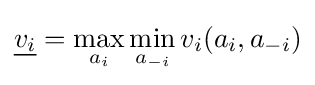
{\underline {v_{i}}}=\max _{a_{i}}\min _{a_{-i}}{v_{i}(a_{i},a_{-i})}